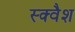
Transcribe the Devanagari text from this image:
स्‍क्‍वैश